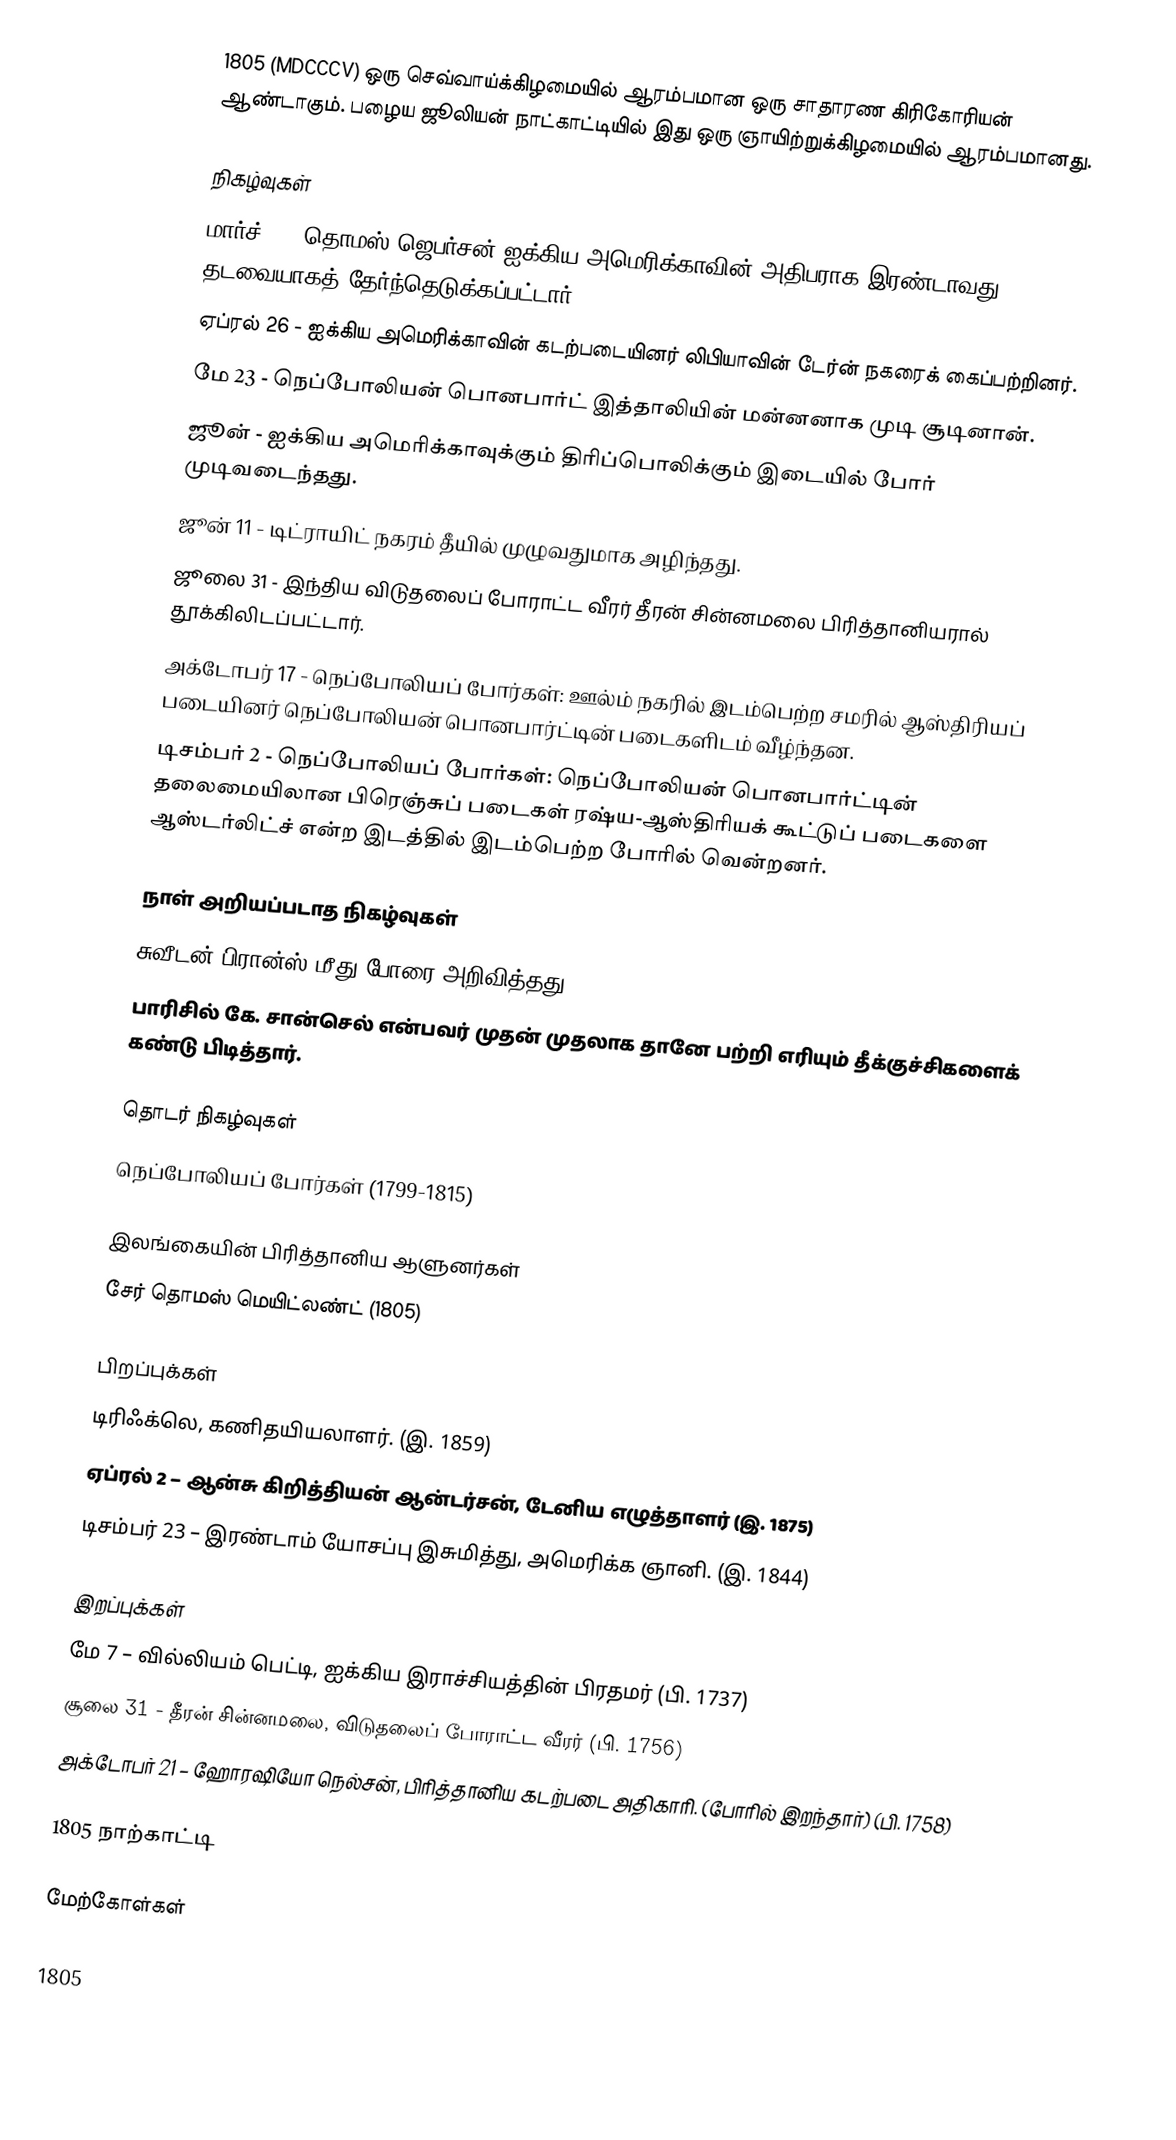
1805  (MDCCCV) ஒரு செவ்வாய்க்கிழமையில் ஆரம்பமான ஒரு சாதாரண கிரிகோரியன் ஆண்டாகும். பழைய ஜூலியன் நாட்காட்டியில் இது ஒரு ஞாயிற்றுக்கிழமையில் ஆரம்பமானது.

நிகழ்வுகள்
 மார்ச் 4 - தொமஸ் ஜெபர்சன் ஐக்கிய அமெரிக்காவின் அதிபராக இரண்டாவது தடவையாகத் தேர்ந்தெடுக்கப்பட்டார்.
 ஏப்ரல் 26 - ஐக்கிய அமெரிக்காவின் கடற்படையினர் லிபியாவின் டேர்ன் நகரைக் கைப்பற்றினர்.
 மே 23 - நெப்போலியன் பொனபார்ட் இத்தாலியின் மன்னனாக முடி சூடினான்.
 ஜூன் - ஐக்கிய அமெரிக்காவுக்கும் திரிப்பொலிக்கும் இடையில் போர் முடிவடைந்தது.
 ஜூன் 11 - டிட்ராயிட் நகரம் தீயில் முழுவதுமாக அழிந்தது.
 ஜூலை 31 - இந்திய விடுதலைப் போராட்ட வீரர் தீரன் சின்னமலை பிரித்தானியரால் தூக்கிலிடப்பட்டார்.
 அக்டோபர் 17 - நெப்போலியப் போர்கள்: ஊல்ம் நகரில் இடம்பெற்ற சமரில் ஆஸ்திரியப் படையினர் நெப்போலியன் பொனபார்ட்டின் படைகளிடம் வீழ்ந்தன.
 டிசம்பர் 2 - நெப்போலியப் போர்கள்: நெப்போலியன் பொனபார்ட்டின் தலைமையிலான பிரெஞ்சுப் படைகள் ரஷ்ய-ஆஸ்திரியக் கூட்டுப் படைகளை ஆஸ்டர்லிட்ச் என்ற இடத்தில் இடம்பெற்ற போரில் வென்றனர்.

நாள் அறியப்படாத நிகழ்வுகள்
 சுவீடன் பிரான்ஸ் மீது போரை அறிவித்தது.
 பாரிசில் கே. சான்செல் என்பவர் முதன் முதலாக தானே பற்றி எரியும் தீக்குச்சிகளைக் கண்டு பிடித்தார்.

தொடர் நிகழ்வுகள்
 நெப்போலியப் போர்கள் (1799-1815)

இலங்கையின் பிரித்தானிய ஆளுனர்கள்
 சேர் தொமஸ் மெயிட்லண்ட் (1805)

பிறப்புக்கள்
 டிரிஃக்லெ, கணிதயியலாளர். (இ. 1859)
 ஏப்ரல் 2 – ஆன்சு கிறித்தியன் ஆன்டர்சன், டேனிய எழுத்தாளர் (இ. 1875)
 டிசம்பர் 23 – இரண்டாம் யோசப்பு இசுமித்து, அமெரிக்க ஞானி. (இ. 1844)

இறப்புக்கள்
 மே 7 – வில்லியம் பெட்டி, ஐக்கிய இராச்சியத்தின் பிரதமர் (பி. 1737)
 சூலை 31 - தீரன் சின்னமலை, விடுதலைப் போராட்ட வீரர் (பி. 1756)
 அக்டோபர் 21 – ஹோரஷியோ நெல்சன், பிரித்தானிய கடற்படை அதிகாரி. (போரில் இறந்தார்) (பி. 1758)

1805 நாற்காட்டி

மேற்கோள்கள்

1805